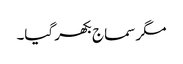
مگر سماج بکھر گیا۔